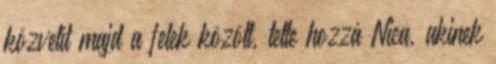
közvetít majd a felek között, tette hozzá Nica, akinek